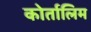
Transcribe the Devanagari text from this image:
कोर्तालिम